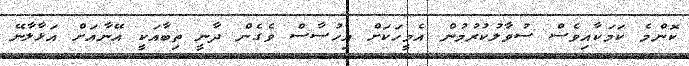
ކޮންމެ ކަމަކާއިވެސް ސުވާލުކުރުމުން އެމީހަކަށް އިހުސާސް ވެގެން ދާނީ ތިބާއަކީ އޭނާއަށް އަޅާލާނޭ